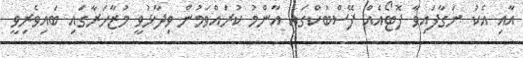
އާއި އެކު ނަގާފައިވާ ފޮޓޯއެއް ފޭސްބުކްގައި އާންމު ކުރައްވަމުން ވިދާޅުވީ މުޒާހަރާގައި ބައިވެރިވީ